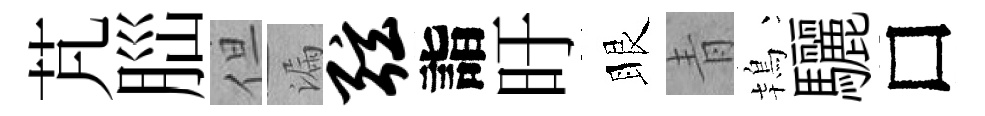
芃𦛁但漏弦詣旴眼青鴇驪□